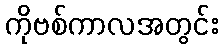
ကိုဗစ်ကာလအတွင်း